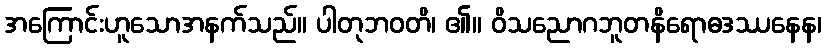
အကြောင်းဟူသောအနက်သည်။ ပါတုဘဝတိ၊ ၏။ ဝိသညောဂဘူတနိရောဓဒဿနေန၊